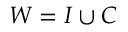
W = I \cup C